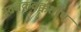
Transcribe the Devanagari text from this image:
स्तवकवृक्कशोथ